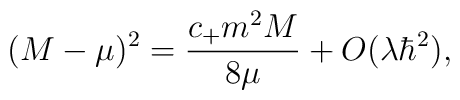
(M-\mu)^2 = \frac{c_+ m^2 M}{8\mu} + O (\lambda\hbar^2),